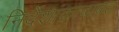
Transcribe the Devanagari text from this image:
निर्देशांकाबाबत